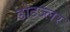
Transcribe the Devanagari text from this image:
डोटज्लर